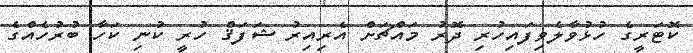
ކޮޓަރީގެ ހުޅުވާލެވިފައިހުރި ދޮރު މައްޗަށް އެރިއިރު ޝަފަޤް ހުރީ ކުނި ކަހާ ބުރުހެއްގެ